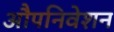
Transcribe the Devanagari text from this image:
औपनिवेशन